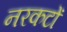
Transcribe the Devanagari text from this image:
नरकटों